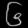
Digit: ၆